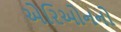
એરિઓનનો